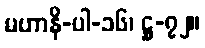
မဟာနိ-ပါ-၁၆၊ ဋ္ဌ-၇၂။